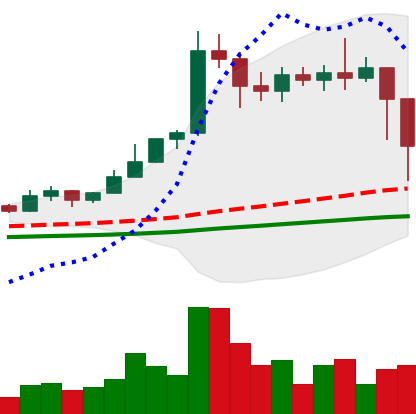
Ticker: ETC-USD
Chart end date: 2021-02-23
Forward return: -8.883%
Label: down_7plus